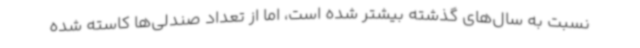
نسبت به سال‌های گذشته بیشتر شده است، اما از تعداد صندلی‌ها کاسته شده